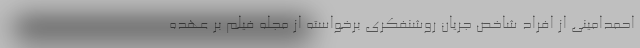
احمدامینی از افراد شاخص جریان روشنفکری برخواسته از مجله فیلم بر عهده